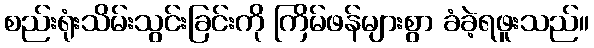
စည်းရုံးသိမ်းသွင်းခြင်းကို ကြိမ်ဖန်များစွာ ခံခဲ့ရဖူးသည်။